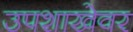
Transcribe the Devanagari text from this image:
उपशाखेवर